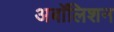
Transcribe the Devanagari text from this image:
अबॉलिशन